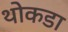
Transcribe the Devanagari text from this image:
थोकडा